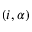
( i , \alpha )